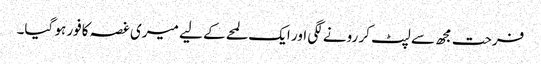
فرحت مجھ سے لپٹ کر رونے لگی اور ایک لمحے کے لیے میری غصہ کافور ہو گیا۔